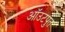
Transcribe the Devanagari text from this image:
ऑउटपुत